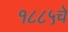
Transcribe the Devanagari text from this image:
१८८५चे